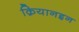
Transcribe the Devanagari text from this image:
क़ियानइन